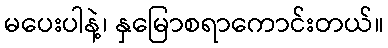
မပေးပါနဲ့၊ နှမြောစရာကောင်းတယ်။